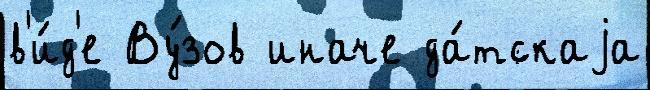
в'и́д'е Ву́зов иначе да́тскаjа